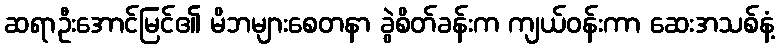
ဆရာဦးအောင်မြင်၏ မိဘများစေတနာ ခွဲစိတ်ခန်းက ကျယ်ဝန်းကာ ဆေးအသစ်နံ့